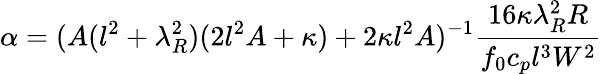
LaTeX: \alpha=(A(l^{2}+\lambda_{R}^{2})(2l^{2}A+\kappa)+2\kappa l^{2}A)^{-1}\frac{16\kappa\lambda_{R}^{2}R}{f_{0}c_{p}l^{3}W^{2}}